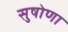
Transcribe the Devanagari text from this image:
सुषोणा